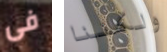
فى ولكننا